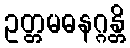
ဥတ္တမဓနဂ္ဂန္တိ